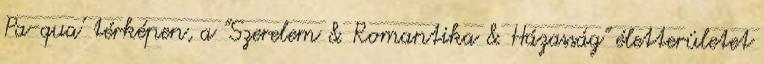
Pa-qua' térképen, a "Szerelem & Romantika & Házasság" életterületet